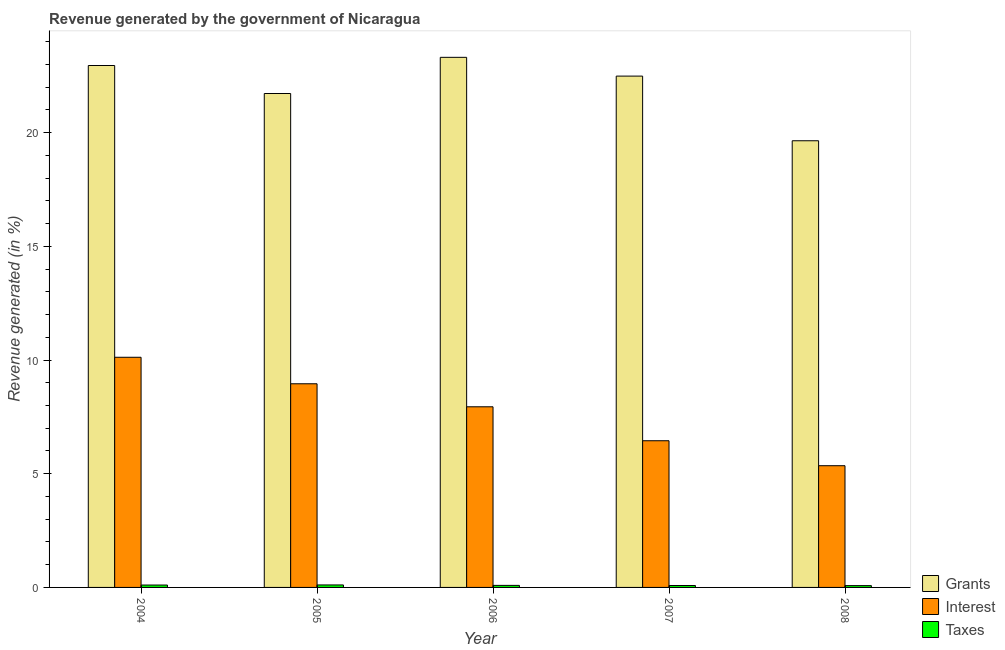
| Year | Grants | Interest | Taxes |
 | --- | --- | --- | --- |
 | 2004 | 23 | 10.1 | 0.105 |
 | 2005 | 21.7 | 8.96 | 0.109 |
 | 2006 | 23.3 | 7.94 | 0.0896 |
 | 2007 | 22.5 | 6.45 | 0.0845 |
 | 2008 | 19.6 | 5.35 | 0.0797 |